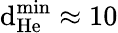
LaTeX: \mathrm{d}_{\mathrm{{He}}}^{\operatorname*{min}}\approx10